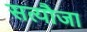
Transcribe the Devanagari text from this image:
सत्यौजा